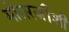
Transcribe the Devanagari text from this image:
मोरारजींशी